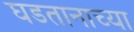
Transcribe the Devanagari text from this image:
घडतानाच्या